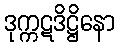
ဒုက္ကဋဒိဋ္ဌိနော